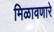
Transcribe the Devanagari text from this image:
मिळावणारे